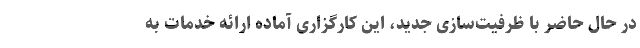
در حال حاضر با ظرفیت‌سازی جدید، این کارگزاری آماده ارائه خدمات به